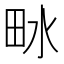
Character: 𤱄